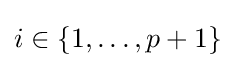
i\in \{1,\ldots ,p+1\}